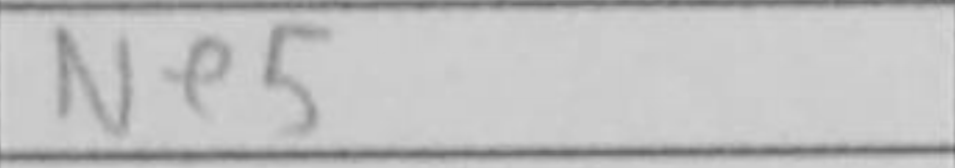
Transcription: Ne5